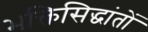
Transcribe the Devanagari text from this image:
भक्तिसिद्धांतों